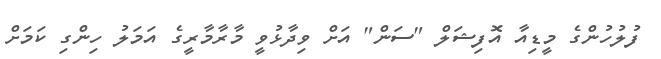
ފުލުހުންގެ މީޑިއާ އޮފިޝަލް "ސަން" އަށް ވިދާޅުވީ މާރާމާރީގެ އަމަލު ހިންގި ކަމަށް